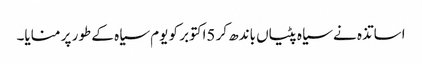
اساتذہ نے سیاہ پٹیاں باندھ کر 5اکتوبر کو یوم سیاہ کے طور پر منایا۔